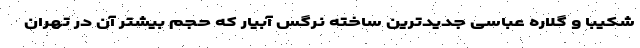
شکیبا و گلاره عباسی جدیدترین ساخته نرگس آبیار که حجم بیشتر آن در تهران